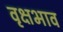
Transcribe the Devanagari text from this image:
वृक्षभाव